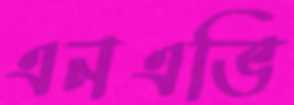
এনএভি